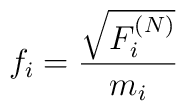
f_i = \frac{\sqrt{F_i^{(N)}}}{m_i}